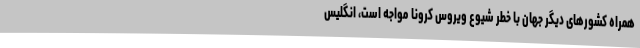
همراه کشورهای دیگر جهان با خطر شیوع ویروس کرونا مواجه است، انگلیس